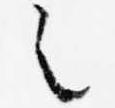
之